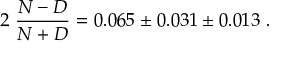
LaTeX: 2 \; \frac { N - D } { N + D } = 0 . 0 6 5 \pm 0 . 0 3 1 \pm 0 . 0 1 3 \ .